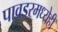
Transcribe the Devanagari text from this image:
पावडरमध्येही